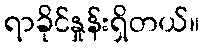
ရာခိုင်နှုန်းရှိတယ်။